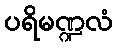
ပရိမဏ္ဍလံ